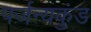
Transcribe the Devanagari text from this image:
पर्जन्यकुंड